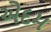
એદમ